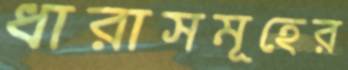
ধারাসমূহের